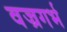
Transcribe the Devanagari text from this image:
वज्रगर्भ